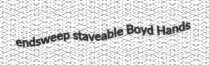
endsweep staveable Boyd Hands